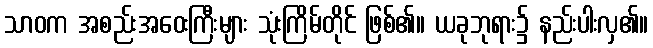
သာဝက အစည်းအဝေးကြီးများ သုံးကြိမ်တိုင် ဖြစ်၏။ ယခုဘုရား၌ နည်းပါးလှ၏။